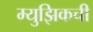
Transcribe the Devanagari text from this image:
म्युझिकची